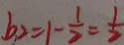
b _ { 2 } = 1 - \frac { 1 } { 2 } = \frac { 1 } { 2 }